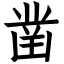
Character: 凿